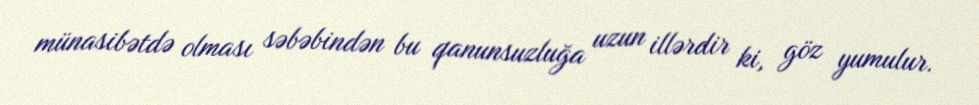
münasibətdə olması səbəbindən bu qanunsuzluğa uzun illərdir ki, göz yumulur.